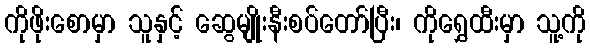
ကိုဖိုးစောမှာ သူနှင့် ဆွေမျိုးနီးစပ်တော်ပြီး၊ ကိုရွှေထီးမှာ သူ့ကို